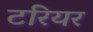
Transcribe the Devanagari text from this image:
टरियर